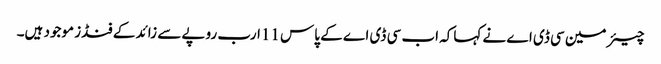
چیئر مین سی ڈی اے نے کہاکہ اب سی ڈی اے کے پاس 11ارب روپے سے زائد کے فنڈز موجود ہیں۔